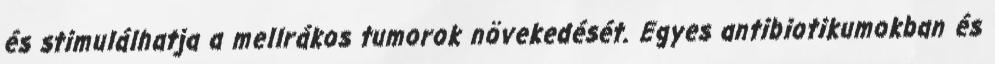
és stimulálhatja a mellrákos tumorok növekedését. Egyes antibiotikumokban és